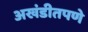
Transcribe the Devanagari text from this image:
अखंडीतपणे